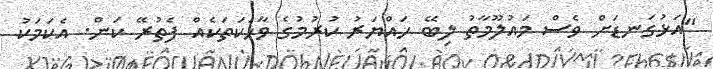
"އަޅުގަނޑަށް ވެސް މައުލޫމާތު ލިބޭ ހައްޔަރު ކުރުމުގެ ވާހަކަތަކެއް ފެތުރޭ ކަން. އެކަމަކު